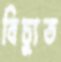
বিচ্যুত